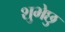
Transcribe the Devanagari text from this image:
शुभेछु